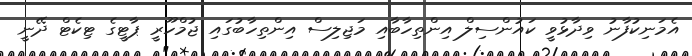
އެމަނިކުފާނު ވިދާޅުވީ ކައުންސިލް އިންތިހާބާއި މަޖިލިސް އިންތިހާބުގައި ޖުމްހޫރީ ޕާޓީގެ ޓިކެޓް ދޭނީ